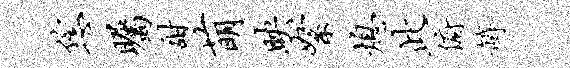
恁瞩甜萌映絮熄此俯罅